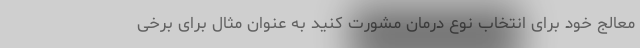
معالج خود برای انتخاب نوع درمان مشورت کنید به عنوان مثال برای برخی